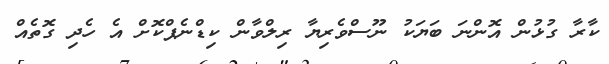
ކާރާ ގުޅުން އޮންނަ ބަޔަކު ނޫސްވެރިޔާ ރިލްވާން ކިޑްނެޕްކޮށް އެ ހެދި ގޮތެއް